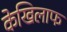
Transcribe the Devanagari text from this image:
केखिलाफ